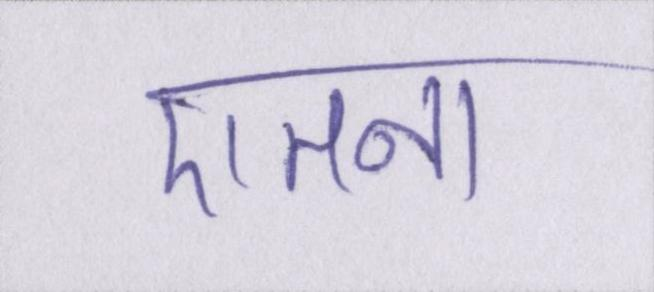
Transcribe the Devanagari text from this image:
एतना